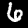
Digit: 6